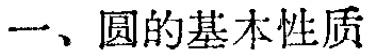
一、圆的基本性质